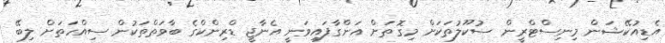
އެޑިއުކޭޝަން މިނިސްޓްރީން ސުކޫލުތަކަށް މިގޮތަށް އަންގާފައިވަނީ އެނާޖީ ޑްރިންކްގެ ބާވަތްތަކުން ސިއްހަތަށް ލިބޭ